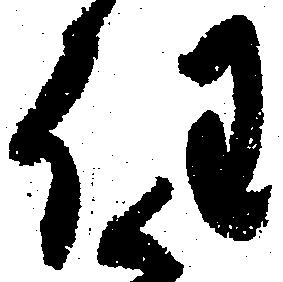
任